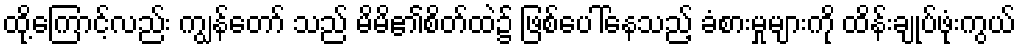
ထို့ကြောင့်လည်း ကျွန်တော် သည် မိမိ၏စိတ်ထဲ၌ ဖြစ်ပေါ်နေသည့် ခံစားမှုများကို ထိန်းချုပ်ဖုံးကွယ်